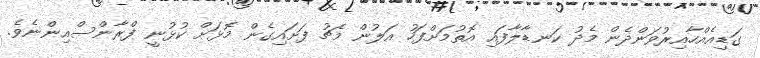
ގަޑިއެއްހާއިރުވަންދެން މެދު ކަނޑާލާފައި އޮތުމަށްފަހު އަލުން މެޗު ފަށައިގެން މޮޅަށް ކުޅުނީ ފްރާންސްއިންނެވެ.